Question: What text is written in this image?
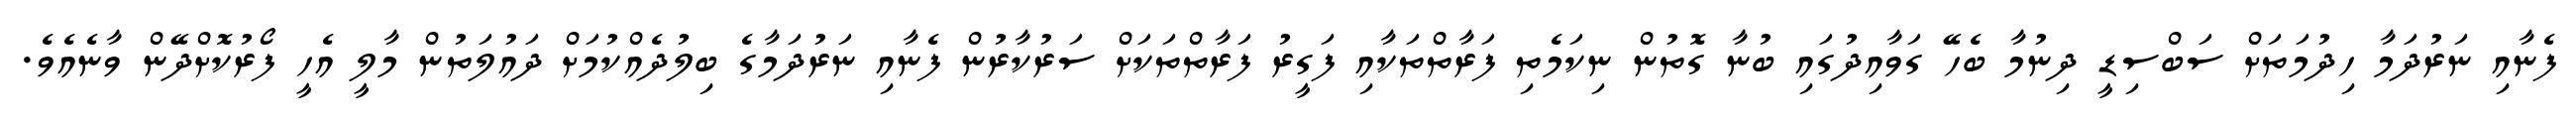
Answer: ފެނާއި ނަރުދަމާ ހިދުމަތަށް ސަބްސިޑީ ދިނުމާ ބެހޭ ގަވާއިދުގައި ބުނާ ގޮތުން ނިކަމެތި ފަރާތްތަކާއި ފަގީރު ފަރާތްތަކަށް ސަރުކާރުން ފެނާއި ނަރުދަމާގެ ބިލުދެއްކުމަށް ދައުލަތުން މާލީ އެހީ ފޯރުކޮށްދޭން ވާނެއެވެ.